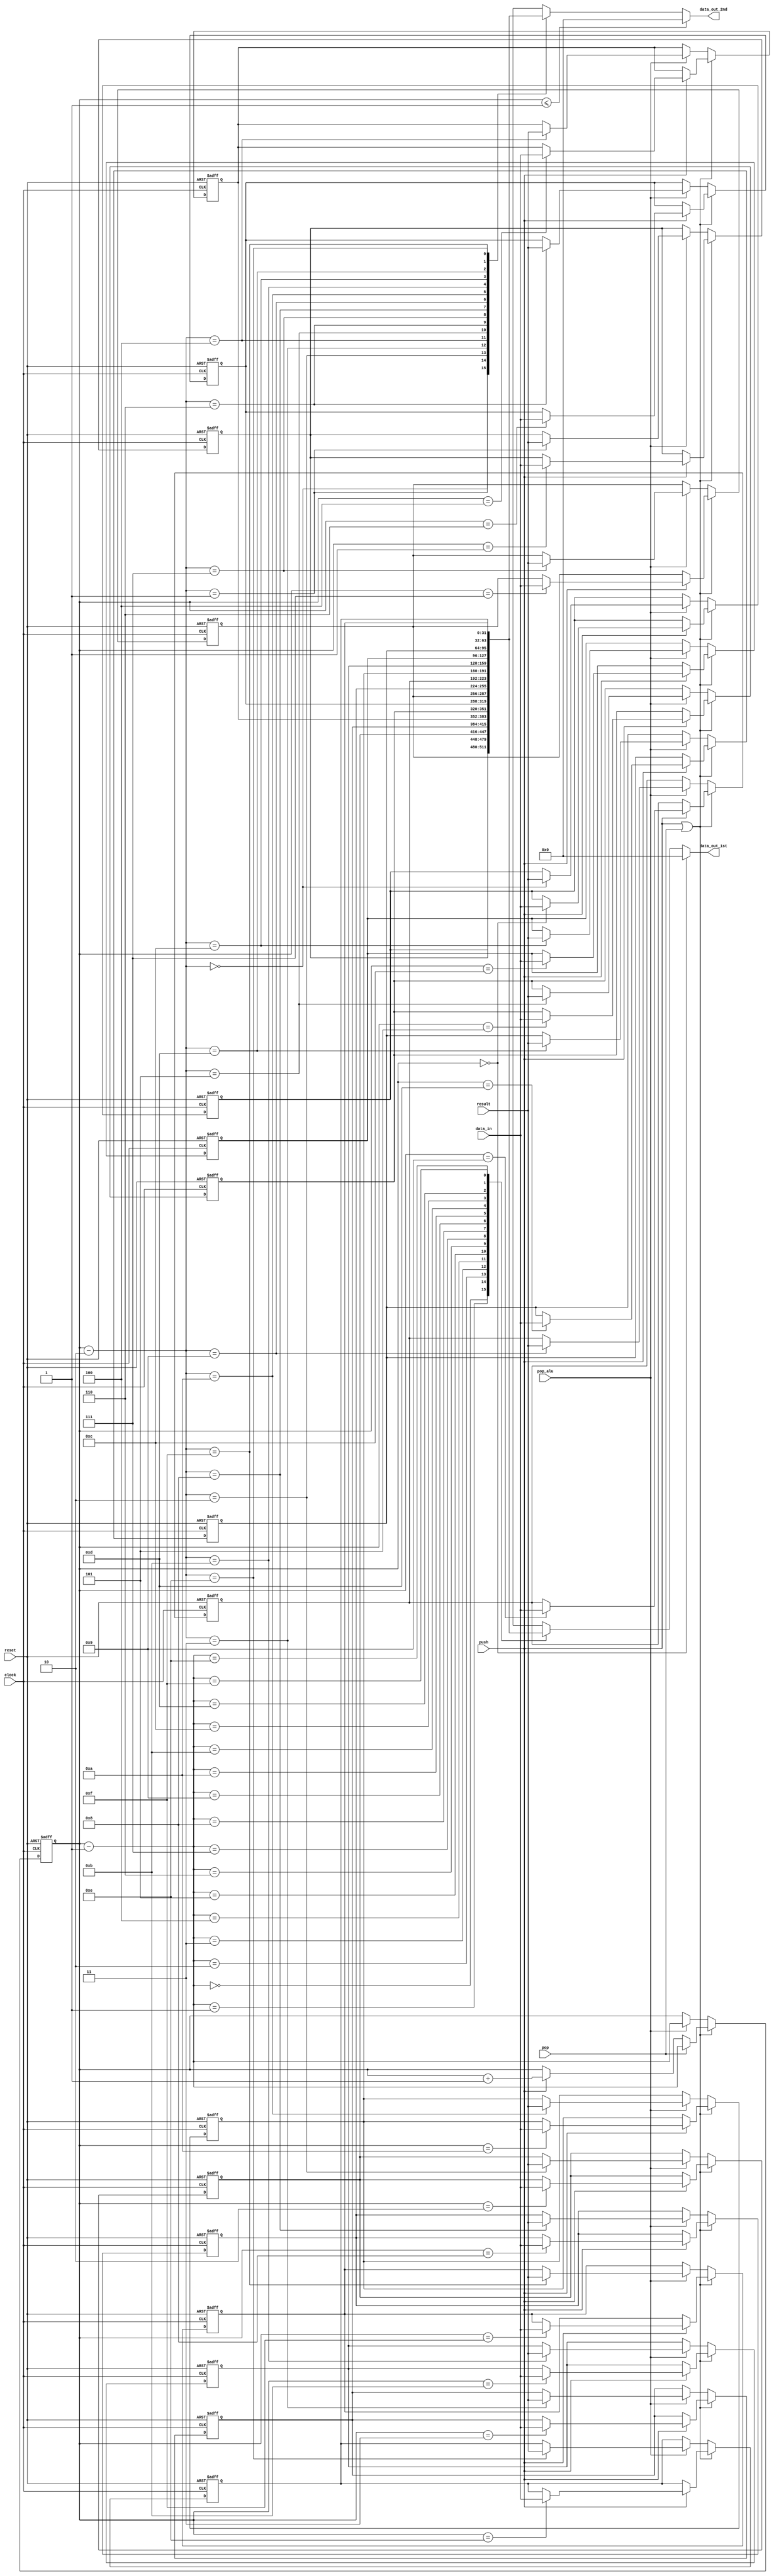
`timescale 1ns / 1ps

module STACK( 
   input         clock,     // System clock.
   input         reset,     // System reset. 
   input         push,      // Pushing onto stack signal.
   input         pop,       // Popping off of stack signal.
   input         pop_alu,   // Signal from alu to pop.
   input  [31:0] result,    // Result from alu.
   input  [31:0] data_in,   // Data to push on.
   output [31:0] data_out_1st,  // Data from first read segment.
   output [31:0] data_out_2nd   // Data from second read segment. 
   );

   // Keeps track of location in the stack. 
   reg [3:0]  stack_pointer; 
   // Stack is 32 bits wide, 32 words deep.
   reg [31:0] stack [15:0];
   
   /****************************************
   'data_out' is always assigned the value
   at the top of the stack. It is zero when
   initialized and always reads one behind
   the stack pointer since that location is
   empty and waiting to be written to. 
   ****************************************/
   assign data_out_1st = ( stack_pointer == 4'b0 ) ? 32'b0 : stack[ stack_pointer - 1 ];
   assign data_out_2nd = ( stack_pointer <= 4'b1 ) ? 32'b0 : stack[ stack_pointer - 2 ];
   
   // Update the stack pointer and stack contents. 
   always@( posedge clock, posedge reset ) begin
      
      /**********************************************
      If reset: zero out all of the contents of the
      stack and reset the stack pointer to zero. 
      **********************************************/
      if( reset ) begin
         stack[0 ] <= 32'b0; stack[1 ] <= 32'b0;
         stack[2 ] <= 32'b0; stack[3 ] <= 32'b0;
         stack[4 ] <= 32'b0; stack[5 ] <= 32'b0;
         stack[6 ] <= 32'b0; stack[7 ] <= 32'b0;
         stack[8 ] <= 32'b0; stack[9 ] <= 32'b0;
         stack[10] <= 32'b0; stack[11] <= 32'b0;
         stack[12] <= 32'b0; stack[13] <= 32'b0;
         stack[14] <= 32'b0; stack[15] <= 32'b0;
         stack_pointer <= 4'b0;
      end
      else if( push | pop ) begin
         /***********************************************
         If push: increment the stack pointer and assign
         a value to the location pointed to on the stack. 
         ***********************************************/
         if( push ) begin
            stack[ stack_pointer ] <= data_in;
            stack_pointer <= stack_pointer + 4'b1;
         end
         /***********************************************
         If pop: decrement the stack pointer. No need to
         overwrite the existing data. 
         ***********************************************/
         if( pop ) begin
            stack_pointer <= stack_pointer - 4'b1;
         end
      end
      /************************************************
      If the ALU has completed an operation it sends a 
      pop instruction to the stack. 
      ************************************************/
      else if( pop_alu ) begin
         stack_pointer <= stack_pointer - 4'b1;
         stack[ stack_pointer - 4'd2 ] <= result;
      end
      /***********************************************
      Else: keep the stack pointer where it is.
      ***********************************************/
      else begin
         stack_pointer <= stack_pointer;
      end
      
   end
   
endmodule